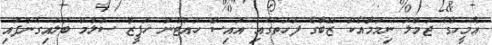
އެމީހާގެ ޖުމްލަ ނިމުމާއެކު ޒޭބާގެ ފަހަތުގައި އައިސް ހުއްޓުނު ހަފީޒާ ސަލާމް ބަލައިގެންފައި